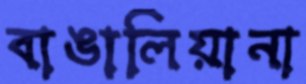
বাঙালিয়ানা